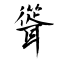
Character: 聳